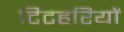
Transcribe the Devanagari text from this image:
टिटहरियों